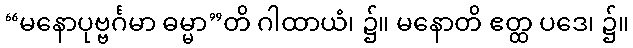
“မနောပုဗ္ဗင်္ဂမာ ဓမ္မာ”တိ ဂါထာယံ၊ ၌။ မနောတိ ဧတ္ထ ပဒေ၊ ၌။